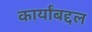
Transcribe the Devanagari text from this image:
कार्यांबद्दल